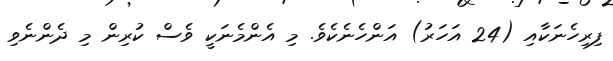
ފިރިހެނަކާއި (24 އަހަރު) އަންހެނެކެވެ. މި އެންމެނަކީ ވެސް ކުރިން މި ދެންނެވި